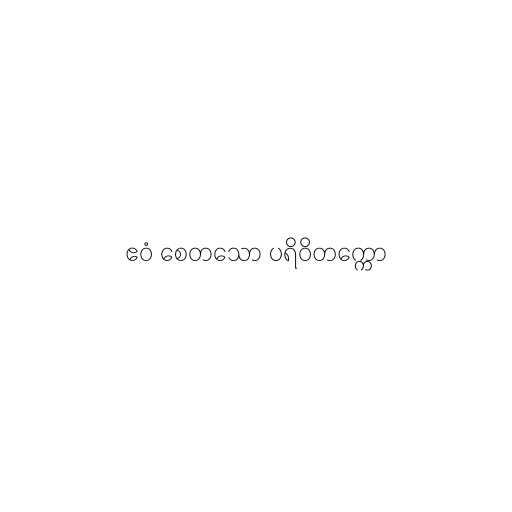
ဧဝံ စေတသော ပရိဝိတက္ကော